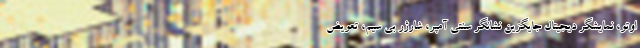
اوتو، نمایشگر دیجیتال جایگزین نشانگر سنتی آمپر، شارژر بی سیم، تعویض